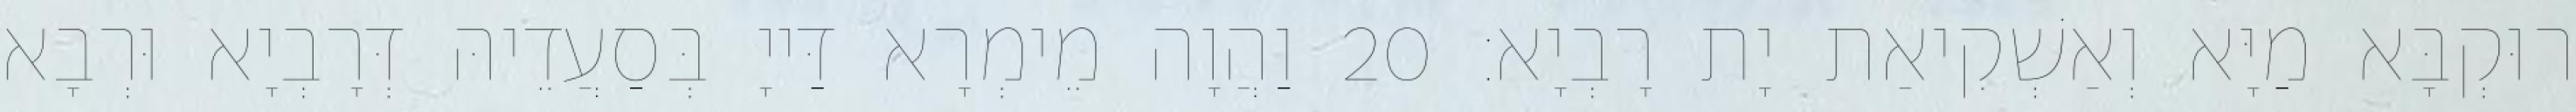
רוּקְבָּא מַיָּא וְאַשְׁקִיאַת יָת רָבְיָא׃ 20 וַהֲוָה מֵימְרָא דַּייָ בְּסַעֲדֵיהּ דְּרָבְיָא וּרְבָא